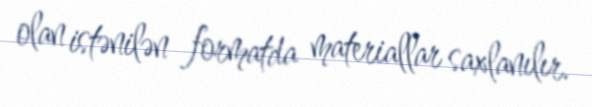
olan istənilən formatda materiallar saxlanılır.